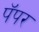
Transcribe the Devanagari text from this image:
पॅपर